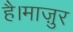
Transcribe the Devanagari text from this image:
है।माज़ुर